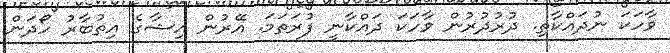
ވާހަކަ ނުދައްކާތި. ދުރުދުރުން ވާހަކަ ދައްކާނީ ފުރަތަމަ. އޭރުން އިޝާގެ އިތުބާރު ހޯދަން